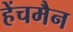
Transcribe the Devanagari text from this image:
हेंचमैन